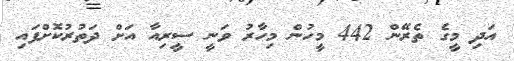
އަދި މީގެ ތެރޭން 442 މީހުން މިހާރު ވަނީ ސީރިއާ އަށް ދަތުރުކޮށްފައި